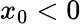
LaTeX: x_{0}<0